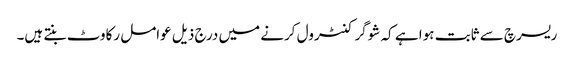
ریسرچ سے ثابت ہوا ہے کہ شوگر کنٹرول کرنے میں درج ذیل عوامل رکاوٹ بنتے ہیں۔